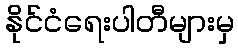
နိုင်ငံရေးပါတီများမှ